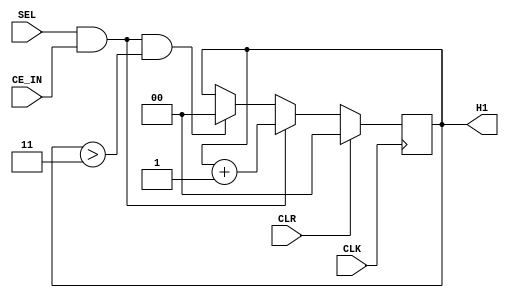
`timescale 1ns / 1ps

module ColorSel(
    input 			CLK,
	input 			CLR,
	input           CE_IN, // CE z preskalera
	input    		SEL,   // dana wejsciowa
	output reg [1:0] H1    // rejestr HOT-ONE selekcji koloru do zmiany duty cycle
    );
    
    always @ (posedge CLK) begin // ukad selekcji koloru do zmiany duty cycle
		if(CLR)
			H1 <= 2'd0;
		else if (SEL & CE_IN)
		    H1 <= H1 + 1;
		else if (SEL & CE_IN & H1 > 2'd3)
		    H1 <= 2'd0;
    end
endmodule